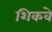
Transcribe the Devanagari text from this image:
शिकवे